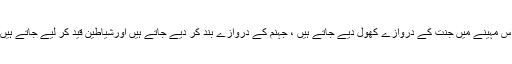
اس مہینے میں جنت کے دروازے کھول دیے جاتے ہیں ، جہنم کے دروازے بند کر دیے جاتے ہیں اورشیاطین قید کر لیے جاتے ہیں۔